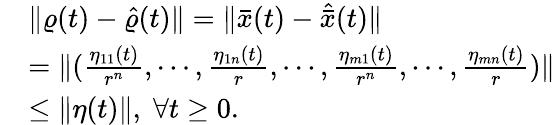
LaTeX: \begin{array}{rl}&{\| \varrho(t)-\hat{\varrho}(t)\| =\| \bar{x}(t)-\hat{\bar{x}}(t)\| }\\ &{=\| (\frac{\eta_{11}(t)}{r^{n}},\cdots,\frac{\eta_{1n}(t)}{r},\cdots,\frac{\eta_{m1}(t)}{r^{n}},\cdots,\frac{\eta_{mn}(t)}{r})\| }\\ &{\leq\| \eta(t)\| ,\; \forall t\geq 0.}\end{array}